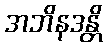
အဘိနဒန္တိ